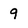
Character: 9